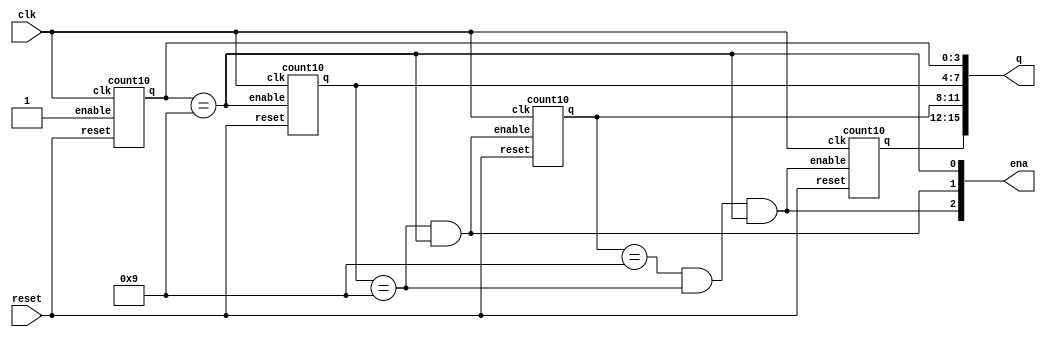
module top_module (
    input clk,
    input reset,   // Synchronous active-high reset
    output [3:1] ena,
    output [15:0] q);
    assign ena[3:1] = {{q[11:8] == 'd9 && q[7:4] == 'd9 && q[3:0] == 'd9}, {q[7:4] == 'd9 && q[3:0] == 'd9}, {q[3:0] == 'd9}};
    count10 count_1(clk, 1'b1, reset, q[3:0]);
    count10 count_10(clk, ena[1], reset, q[7:4]);
    count10 count_100(clk, ena[2], reset, q[11:8]);
    count10 count_1000(clk, ena[3], reset, q[15:12]);
    
endmodule


module count10 (input clk, input enable, input reset, output reg [3:0] q);
    always @(posedge clk) begin
        if(reset) q <= 'd0; 
        else if(enable) begin
            if(q >= 'd9) q <= 'd0;
            else q <= q + 1;
        end
        else q <= q;
    end
endmodule